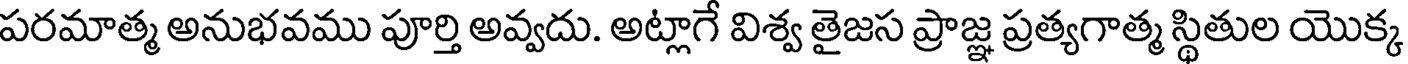
పరమాత్మ అనుభవము పూర్తి అవ్వదు. అట్లాగే విశ్వ తైజస ప్రాజ్ఞ ప్రత్యగాత్మ స్థితుల యొక్క